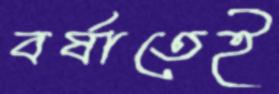
বর্ষাতেই